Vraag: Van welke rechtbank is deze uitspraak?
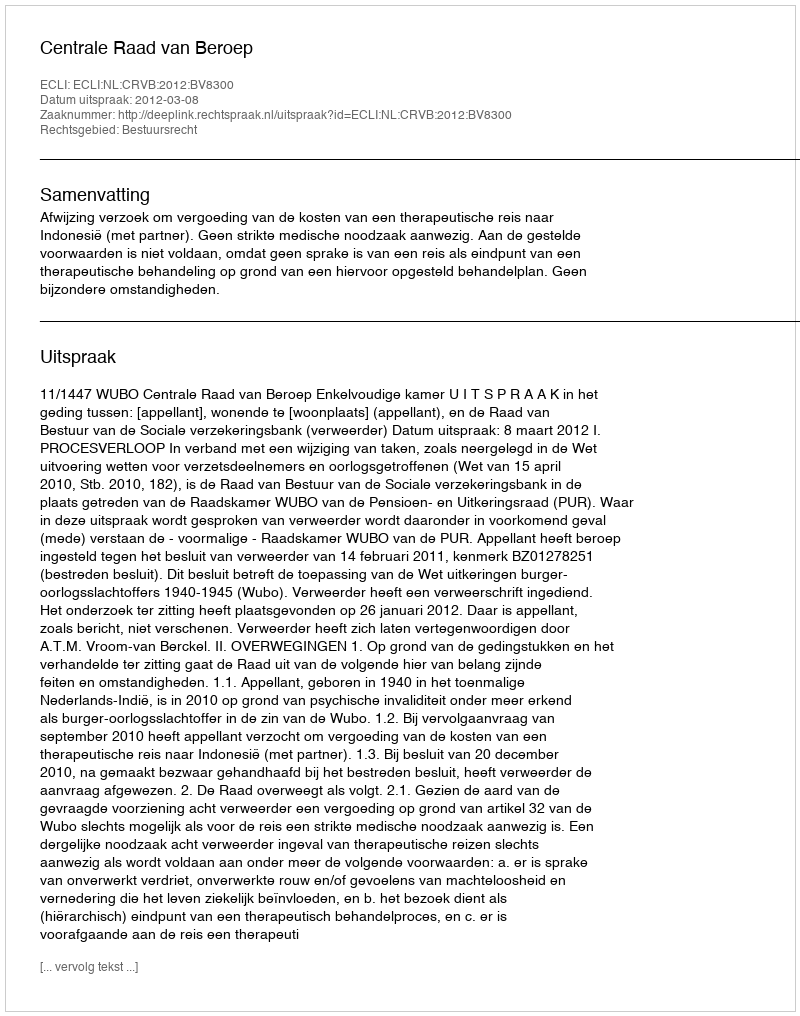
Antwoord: Centrale Raad van Beroep